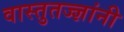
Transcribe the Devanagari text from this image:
वास्तुतज्ज्ञांनी